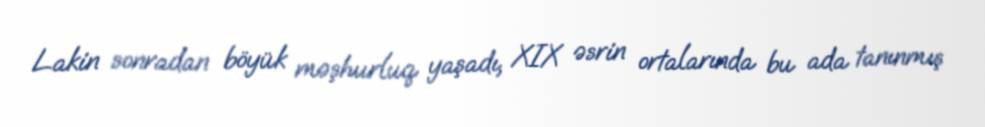
Lakin sonradan böyük məşhurluq yaşadı, XIX əsrin ortalarında bu ada tanınmış